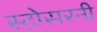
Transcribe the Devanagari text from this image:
स्टोसरनी